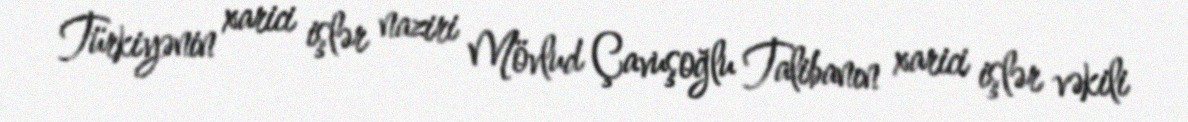
Türkiyənin xarici işlər naziri Mövlud Çavuşoğlu Talibanın xarici işlər vəkili